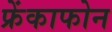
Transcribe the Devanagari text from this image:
फ्रेंकाफोन